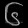
Digit: ၆